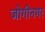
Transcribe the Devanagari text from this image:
जोगीनगर